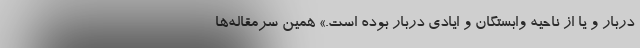
دربار و یا از ناحیه وابستگان و ایادی دربار بوده است.» همین سرمقاله‌ها